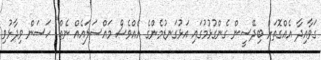
ގަވާއިދާ އެއްގޮތަށް ބިދޭސީން ގެންގުޅުމުގައި އަޅުގަނޑުމެންގެ އެއްވެސް މައްސަލައެއް ނެތް" ހަަސަން ވިދާޅުވި